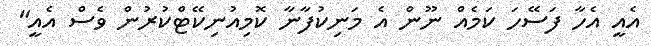
އެއީ އެހާ ފަސޭހަ ކަމެއް ނޫން އެ މަނިކުފާނާ ކޮމިއުނިކޭޓްކުރުން ވެސް އެއީ"